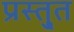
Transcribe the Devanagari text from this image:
प्रस्तु्त